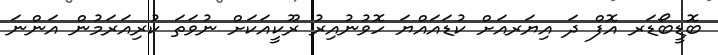
ބޮޑީބޯޑަރ އޮފް ދަ އިޔަރއަށް ކުޑައައްޔަ ހޮވުނުއިރު ރޫކީއަކަށް ނުވަތަ ކުރިއަރަމުން އަންނަ